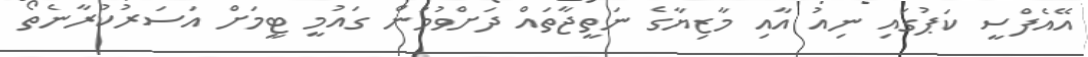
އޭއެފްސީ ކަޕުގައި ނިއު އާއި މާޒިޔާގެ ނަތީޖާތައް ދަށްވުމުން ގައުމީ ޓީމަށް އަސަރުކުރާނެތޯ